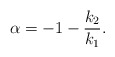
\begin{align*} \alpha = -1 - \frac{k_2}{k_1}.\end{align*}